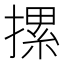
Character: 摞